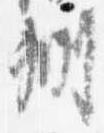
州